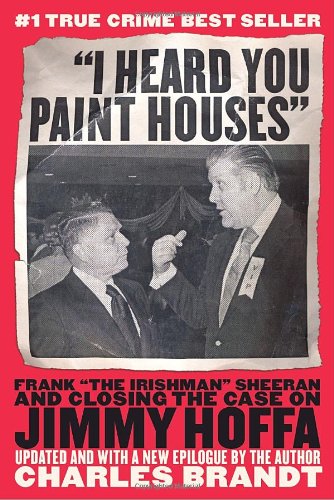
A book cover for "I Heard You Paint Houses": Frank "The Irishman" Sheeran and the Inside Story of the Mafia, the Teamsters, and the Last Ride of Jimmy Hoffa; Charles Brandt; Biographies & Memoirs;